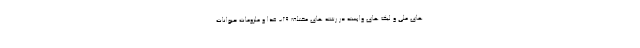
های ملی و لیگ های وابسته در رشته های مختلف ۲۹- غذا و ملزومات حیوانات